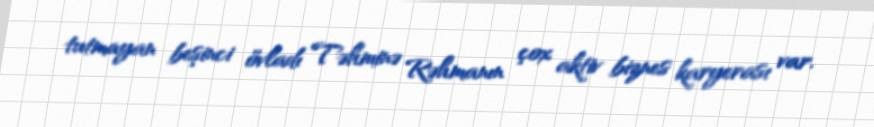
tutmayan beşinci övladı Təhminə Rəhmanın çox aktiv biznes karyerası var.